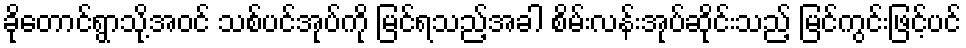
ခိုတောင်ရွာသို့အဝင် သစ်ပင်အုပ်ကို မြင်ရသည့်အခါ စိမ်းလန်းအုပ်ဆိုင်းသည့် မြင်ကွင်းဖြင့်ပင်